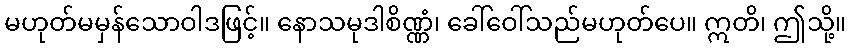
မဟုတ်မမှန်သောဝါဒဖြင့်။ နောသမုဒါစိဏ္ဏံ၊ ခေါ်ဝေါ်သည်မဟုတ်ပေ။ ဣတိ၊ ဤသို့။